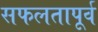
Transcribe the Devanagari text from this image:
सफलतापूर्व